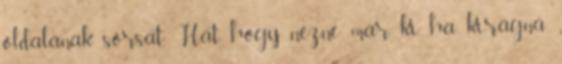
oldalának sorsát. Hát hogy nézne már ki, ha kirágná